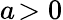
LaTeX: a\! >0